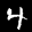
Label: 4